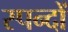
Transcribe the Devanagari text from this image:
स्पन्दों